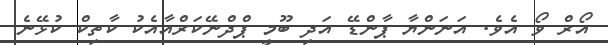
އޯރް ވޯ އެވެ. އަނަންޔާ ޕާންޑޭ އަދި ބޫމީ ޕްދްނޭކަރްއާއެކު ކާތިކް ކުޅޭނެ